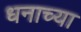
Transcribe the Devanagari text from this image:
धनाच्या